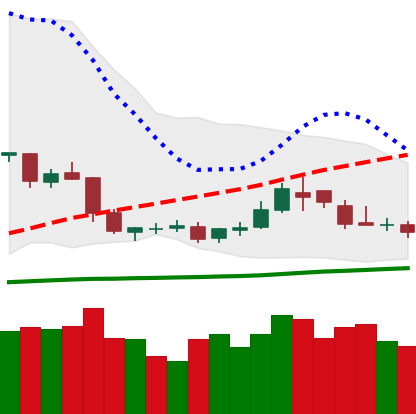
Ticker: DOGE-USD
Chart end date: 2019-05-09
Forward return: 22.72%
Label: up_7plus